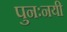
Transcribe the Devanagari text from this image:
पुनःनयी